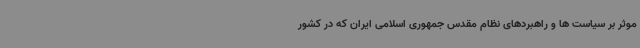
موثر بر سیاست ها و راهبردهای نظام مقدس جمهوری اسلامی ایران که در کشور